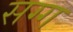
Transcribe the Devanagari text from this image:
सग्ग